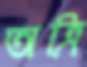
অত্রি